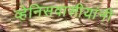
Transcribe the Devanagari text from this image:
व्हेनिसवासीयांनी